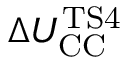
\Delta U _ { \mathrm { C C } } ^ { \mathrm { T S 4 } }